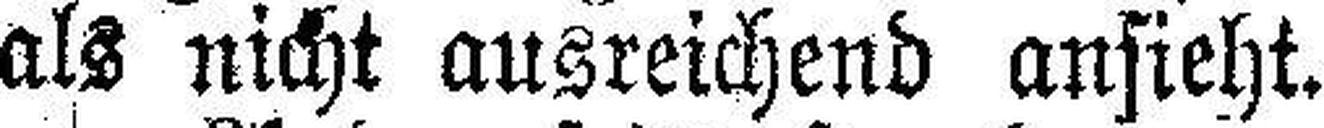
als nicht ausreichend ansieht.